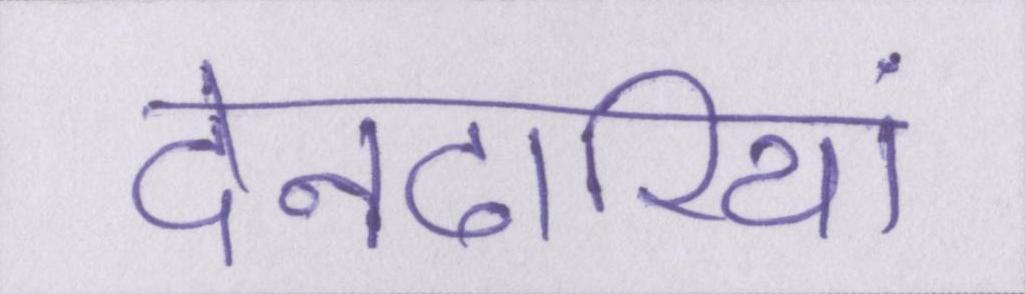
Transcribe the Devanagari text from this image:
देनदारियां